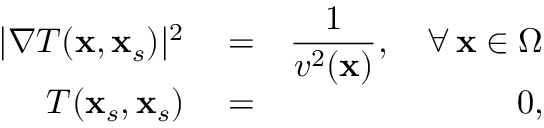
\begin{array} { r l r } { | \nabla T ( \mathbf { x } , \mathbf { x } _ { s } ) | ^ { 2 } } & { { } = } & { \displaystyle \frac { 1 } { v ^ { 2 } ( \mathbf { x } ) } , \quad \forall \, \mathbf { x } \in \Omega } \\ { T ( \mathbf { x } _ { s } , \mathbf { x } _ { s } ) } & { { } = } & { 0 , } \end{array}